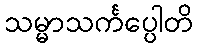
သမ္မာသင်္ကပ္ပေါတိ